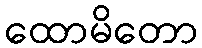
ထောမိတော